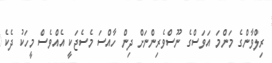
ރިލްވާންގެ މަންމަ އަވަސްގެ ނޫސްވެރިންނަށް ދިން ހާއްސަ މެސެޖަކީ އެއްވެސް މީހަކު ދެކެ